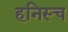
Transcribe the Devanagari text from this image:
हनिस्च